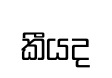
කීයද